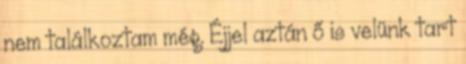
nem találkoztam még. Éjjel aztán ő is velünk tart